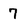
Character: 7